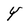
Character: Y